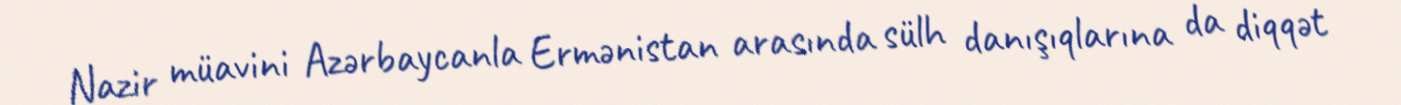
Nazir müavini Azərbaycanla Ermənistan arasında sülh danışıqlarına da diqqət